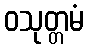
ဝသုတ္တမံ